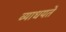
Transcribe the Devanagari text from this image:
व्याधयते